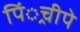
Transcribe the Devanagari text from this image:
पिं्रचीपे